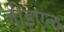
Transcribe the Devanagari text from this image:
जीइएल